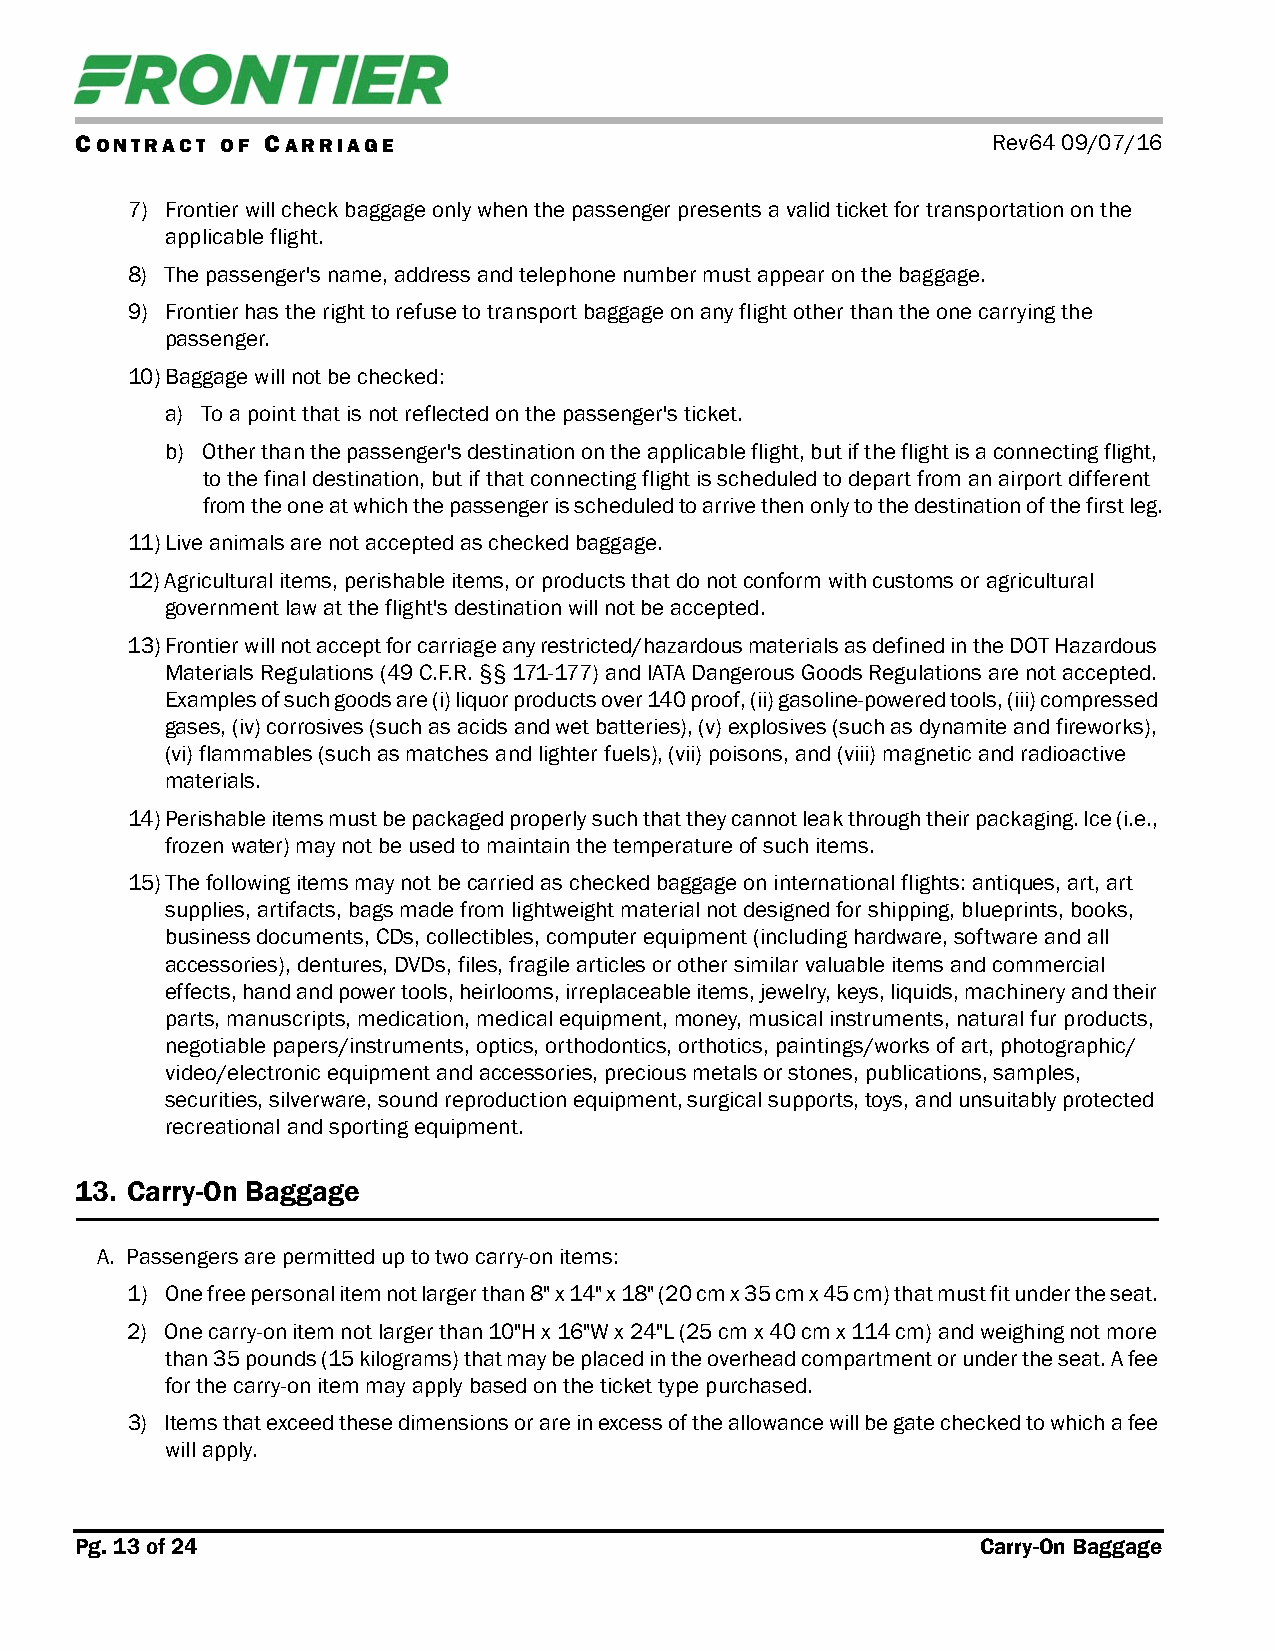
CONTRACT  OF CARRIAGE                                        Rev64 09/07/16
 7) Frontier will check baggage only when the passenger presents a valid ticket for transportation on the
 applicable flight.
 8) The passenger's name, address and telephone number must appear on the baggage.
 9) Frontier has the right to refuse to transport baggage on any flight other than the one carrying the
 passenger.
 10)Baggage will not be checked:
 a) To a point that is not reflected on the passenger's ticket.
 b) Other than the passenger's destination on the applicable flight, but if the flight is a connecting flight,
 to the final destination, but if that connecting flight is scheduled to depart from an airport different
 from the one at which the passenger is scheduled to arrive then only to the destination of the first leg.
 11)Live animals are not accepted as checked baggage.
 12)Agricultural items, perishable items, or products that do not conform with customs or agricultural
 government law at the flight's destination will not be accepted.
 13)Frontier will not accept for carriage any restricted/hazardous materials as defined in the DOT Hazardous
 Materials Regulations (49 C.F.R. §§ 171-177) and IATA Dangerous Goods Regulations are not accepted.
 Examples of such goods are (i) liquor products over 140 proof, (ii) gasoline-powered tools, (iii) compressed
 gases, (iv) corrosives (such as acids and wet batteries), (v) explosives (such as dynamite and fireworks),
 (vi) flammables (such as matches and lighter fuels), (vii) poisons, and (viii) magnetic and radioactive
 materials.
 14)Perishable items must be packaged properly such that they cannot leak through their packaging. Ice (i.e.,
 frozen water) may not be used to maintain the temperature of such items.
 15)The following items may not be carried as checked baggage on international flights: antiques, art, art
 supplies, artifacts, bags made from lightweight material not designed for shipping, blueprints, books,
 business documents, CDs, collectibles, computer equipment (including hardware, software and all
 accessories), dentures, DVDs, files, fragile articles or other similar valuable items and commercial
 effects, hand and power tools, heirlooms, irreplaceable items, jewelry, keys, liquids, machinery and their
 parts, manuscripts, medication, medical equipment, money, musical instruments, natural fur products,
 negotiable papers/instruments, optics, orthodontics, orthotics, paintings/works of art, photographic/
 video/electronic equipment and accessories, precious metals or stones, publications, samples,
 securities, silverware, sound reproduction equipment, surgical supports, toys, and unsuitably protected
 recreational and sporting equipment.
 13. Carry-On Baggage
 A. Passengers are permitted up to two carry-on items:
 1) One free personal item not larger than 8" x 14" x 18" (20 cm x 35 cm x 45 cm) that must fit under the seat.
 2) One carry-on item not larger than 10"H x 16"W x 24"L (25 cm x 40 cm x 114 cm) and weighing not more
 than 35 pounds (15 kilograms) that may be placed in the overhead compartment or under the seat. A fee
 for the carry-on item may apply based on the ticket type purchased.
 3) Items that exceed these dimensions or are in excess of the allowance will be gate checked to which a fee
 will apply.
 Pg. 13 of 24                                                Carry-On Baggage